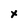
Character: x